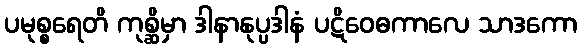
ပမုစ္စရေတိ ကုစ္ဆိမှာ ဒါနာနုပ္ပဒါနံ ပဋိဝေဓကာလေ သာဒကော